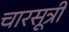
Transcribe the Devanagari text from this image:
चारसूत्री